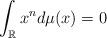
LaTeX: \begin{align*}\int_{\mathbb{R}}x^n d\mu(x)=0\end{align*}